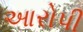
આરોપી